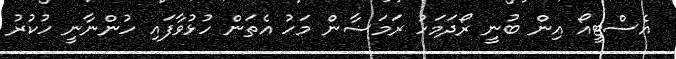
އެސްޓީއޯ އިން ބުނީ ރޯދަމަހު ރަމަޟާން މަހު އެތަން ހުޅުވާފައި ހުންނާނީ ހުކުރު